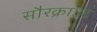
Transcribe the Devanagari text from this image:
सौरक्राउट